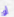
أو